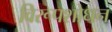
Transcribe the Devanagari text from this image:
विरूपशोधन